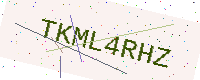
Text: TKML4RHZ